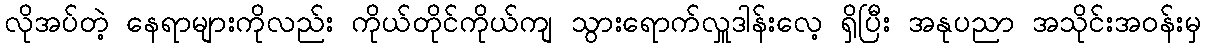
လိုအပ်တဲ့ နေရာများကိုလည်း ကိုယ်တိုင်ကိုယ်ကျ သွားရောက်လှူဒါန်းလေ့ ရှိပြီး အနုပညာ အသိုင်းအဝန်းမှ